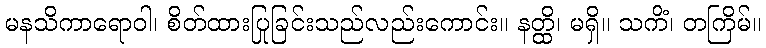
မနသိကာရောဝါ၊ စိတ်ထားပြုခြင်းသည်လည်းကောင်း။ နတ္ထိ၊ မရှိ။ သကိံ၊ တကြိမ်။